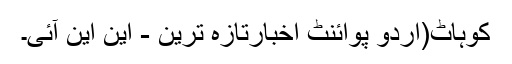
کوہاٹ(اُردو پوائنٹ اخبارتازہ ترین - این این آئی۔